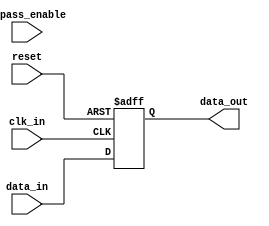
module CascadeBypassRegister (
    input wire clk_in,          // input clock signal
    input wire reset,           // reset signal
    input wire bypass_enable,   // enable signal for bypass functionality
    input wire [7:0] data_in,   // input data signal
    output reg [7:0] data_out   // output data signal
);

reg [7:0] register_data;       // internal register to store data

always @ (posedge clk_in or posedge reset) begin
    if (reset) begin
        register_data <= 8'b0;
    end else begin
        if (bypass_enable) begin
            register_data <= data_in;  // bypassing data to output without storing
        end else begin
            register_data <= data_in;  // storing data in internal register for synchronization
        end
    end
end

assign data_out = register_data;

endmodule